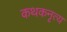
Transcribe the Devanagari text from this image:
कथकनृत्य